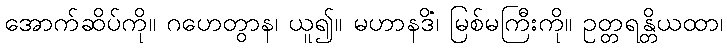
အောက်ဆိပ်ကို။ ဂဟေတွာန၊ ယူ၍။ မဟာနဒိံ၊ မြစ်မကြီးကို။ ဥတ္တရန္တိယထာ၊